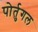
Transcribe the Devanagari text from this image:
पोर्तुगल